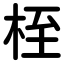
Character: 桎